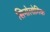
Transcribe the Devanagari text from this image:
सिनोलोगिक